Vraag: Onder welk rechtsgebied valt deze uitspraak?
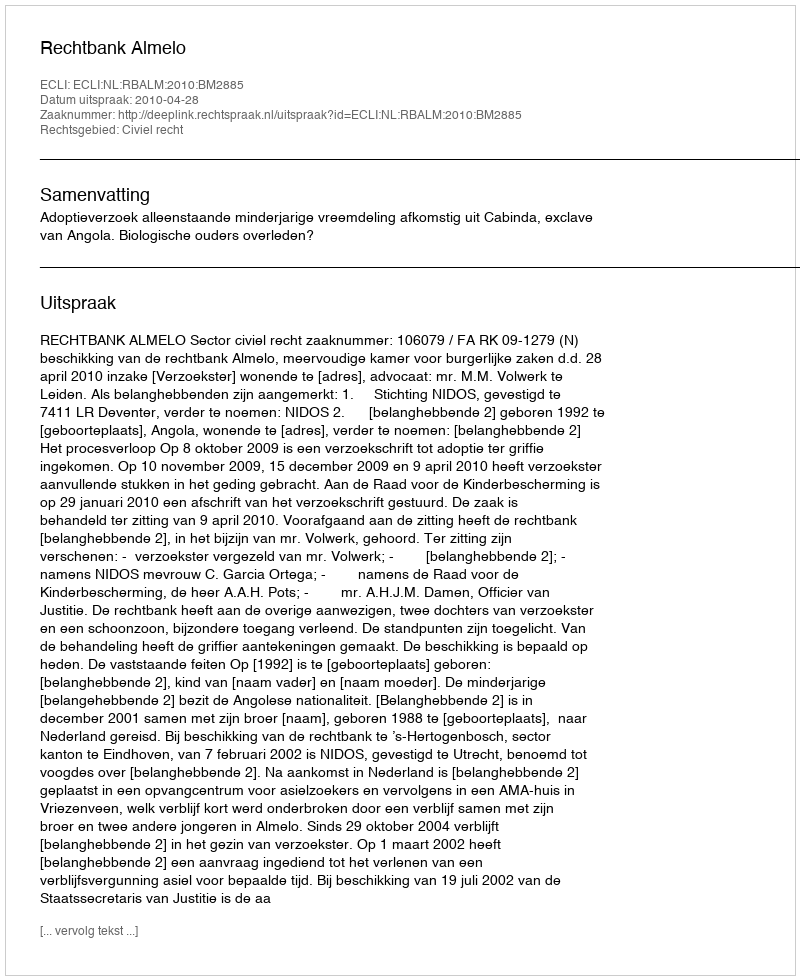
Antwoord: Civiel recht